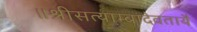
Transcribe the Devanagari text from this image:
॥श्रीसत्याम्बादेवतायै